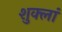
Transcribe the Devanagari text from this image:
शुक्लां